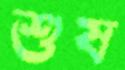
শুষ